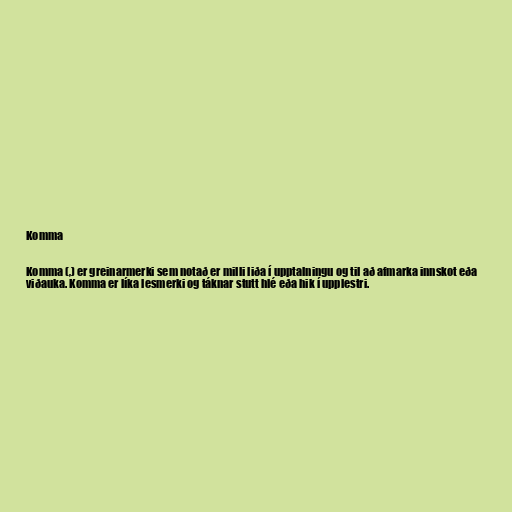
Komma

Komma (,) er greinarmerki sem notað er milli liða í upptalningu og til að afmarka innskot eða
viðauka. Komma er líka lesmerki og táknar stutt hlé eða hik í upplestri.